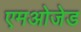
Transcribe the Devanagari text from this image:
एमओजेड